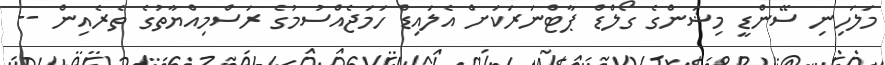
މަލަހިނި ސޭންޑީ މިޝަންގެ ގޯލްޑް ޕާޓްނަރަކަށް އެލައިޑް ހަމަޖެއްސުމުގެ ރަސްމިއްޔާތުގެ ތެރެއިން --